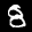
Label: 8